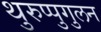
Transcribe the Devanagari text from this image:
थुरुप्पुगुलन